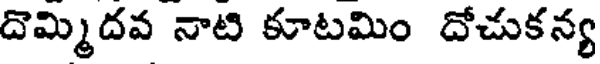
దొమ్మిదవ నాటి కూటమిం దోచుకన్య